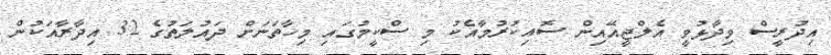
އިދުރީސް ވިދާޅުވީ އެލްޖީއޭއިން ސޮއިކުރުމާއެކު މި ސްކީމުގައި މިހާތަނަށް ދައުލަތުގެ 32 އިދާރާއަކުން